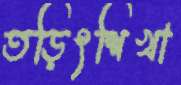
তড়িৎশিখা